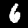
Label: 6